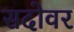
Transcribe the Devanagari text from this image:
सदोवर